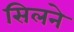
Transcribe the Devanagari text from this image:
सिलने